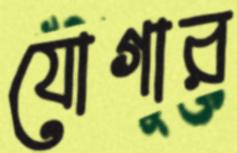
যোগার